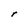
Character: r